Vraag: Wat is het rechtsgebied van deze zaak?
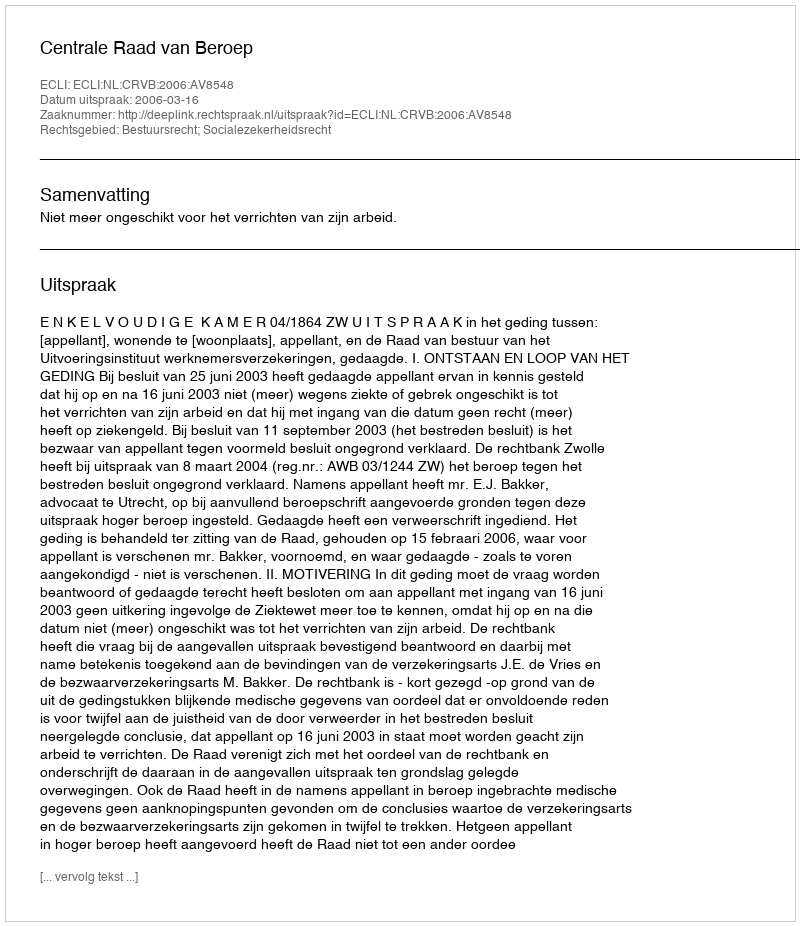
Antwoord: Bestuursrecht; Socialezekerheidsrecht